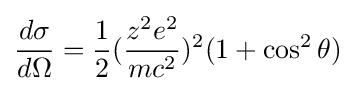
{\frac {d\sigma }{d\Omega }}={\frac {1}{2}}({\frac {z^{2}e^{2}}{mc^{2}}})^{2}(1+\cos ^{2}{\theta })